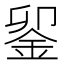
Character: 𨥫